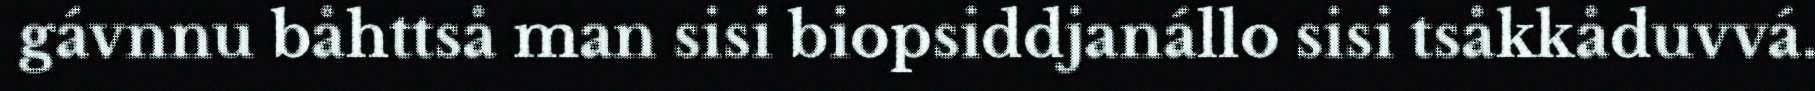
gávnnu båhttså man sisi biopsiddjanállo sisi tsåkkåduvvá.